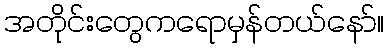
အတိုင်းတွေကရောမှန်တယ်နော်။